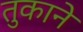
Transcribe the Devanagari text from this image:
तुकाने